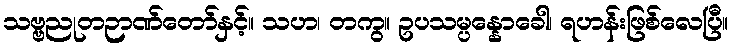
သဗ္ဗညုတဉာဏ်တော်နှင့်။ သဟ၊ တကွ။ ဥပသမ္ပန္နောခေါ၊ ရဟန်းဖြစ်လေပြီ။